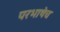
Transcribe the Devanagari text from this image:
परभाषेच